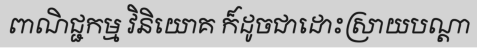
ពាណិជ្ជកម្ម វិនិយោគ ក៏ដូចជាដោះស្រាយបណ្តា